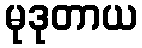
မုဒုတာယ